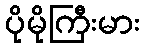
ပိုမိုကြီးမား